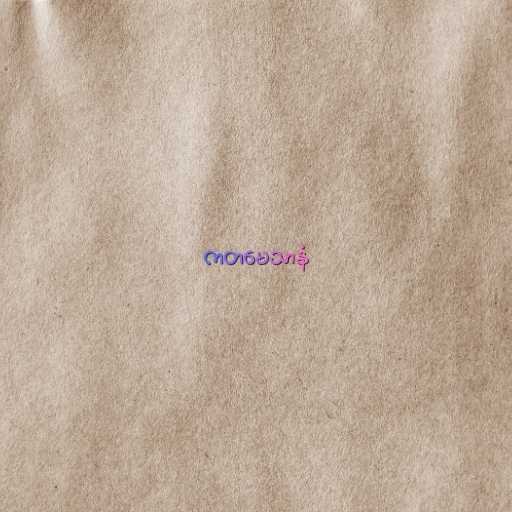
ကတမေသာနံ